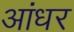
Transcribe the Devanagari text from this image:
आंधर